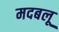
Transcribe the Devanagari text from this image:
मदबलू